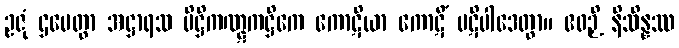
ဥဇုံ ဌပေတွာ အဋ္ဌာရသ ပိဋ္ဌိကဏ္ဋကဋ္ဌိကေ ကောဋိယာ ကောဋိံ ပဋိပါဒေတွာ။ ဧဝဉှိ နိသိန္နဿ